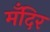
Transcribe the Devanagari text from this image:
मँदिर